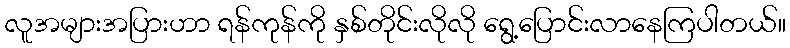
လူအများအပြားဟာ ရန်ကုန်ကို နှစ်တိုင်းလိုလို ရွေ့ပြောင်းလာနေကြပါတယ်။